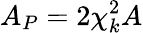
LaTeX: A_{P}=2\chi_{k}^{2}A